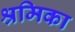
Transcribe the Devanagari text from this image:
श्रमिका